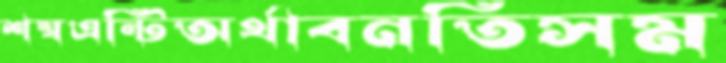
শম্বএন্টিঅর্থাবনতিসম